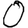
Digit: 0